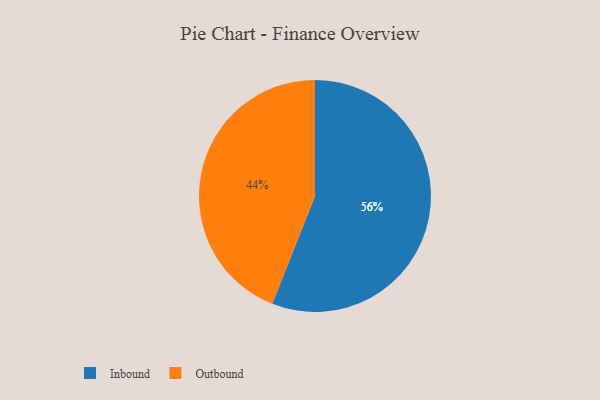
{"axis": {"x": "Category", "y": "Percentage"}, "legend": ["Inbound", "Outbound"], "data": [{"x": "Inbound", "y": 56, "type": "Inbound"}, {"x": "Outbound", "y": 44, "type": "Outbound"}]}